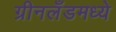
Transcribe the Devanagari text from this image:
ग्रीनलँडमध्ये